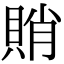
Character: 𧶈